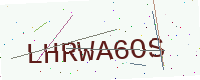
Text: LHRWA6OS